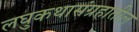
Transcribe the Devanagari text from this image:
लघुकथासंग्रहातील